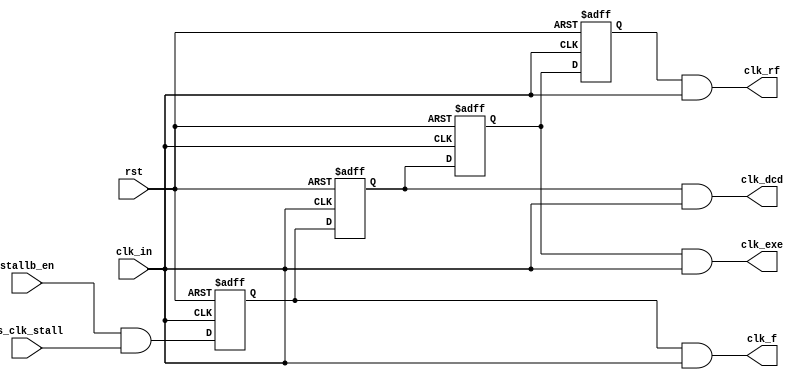
module stall_clk(
    input clk_in, stallb_en, rst,ps_clk_stall,
    output wire clk_f, clk_dcd, clk_exe, clk_rf);
reg en_ff_1,en_ff_2,en_ff_3,en_ff_4;
assign clk_f=en_ff_1&clk_in;
assign clk_dcd=en_ff_2&clk_in;
assign clk_exe=en_ff_3&clk_in;
assign clk_rf=en_ff_4&clk_in;
always @(negedge clk_in or negedge rst) begin
    if(!rst) begin
        en_ff_1<=1;
        en_ff_2<=1;
        en_ff_3<=1;
        en_ff_4<=1;
    end
    else begin
        en_ff_1<=stallb_en&ps_clk_stall;
        en_ff_2<=en_ff_1;
        en_ff_3<=en_ff_2;
        en_ff_4<=en_ff_3;
    end
end
endmodule